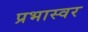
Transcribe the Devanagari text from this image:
प्रभास्वर